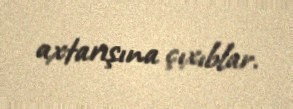
axtarışına çıxıblar.